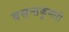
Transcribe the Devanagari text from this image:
वसन्तकुमारी